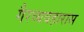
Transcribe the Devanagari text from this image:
गैरव्यवहारास